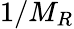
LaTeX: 1/M_{R}